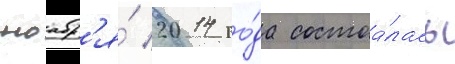
ноабр'я́ 2014 го́да состоа́лась